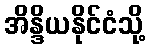
အိန္ဒိယနိုင်ငံသို့